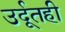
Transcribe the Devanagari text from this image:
उर्दूतही